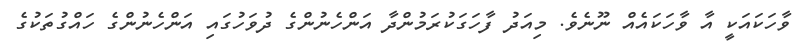
ވާހަކައަކީ އާ ވާހަކައެއް ނޫނެވެ. މިއަދު ފާހަގަކުރަމުންދާ އަންހެނުންގެ ދުވަހުގައި އަންހެނުންގެ ހައްގުތަކުގެ